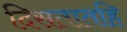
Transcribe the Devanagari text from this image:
दिसतातहि